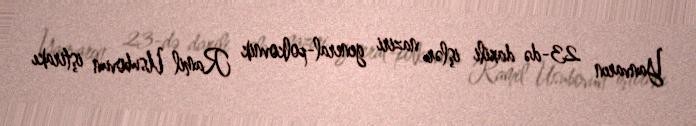
Yanvarın 23-də daxili işlər naziri general-polkovnik Ramil Usubovun iştirakı